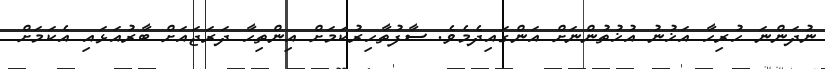
ނުދަންނަ ހުރިހާ އަޚުނު އުޚުތުންނަށް އަންގައިދެމެވެ. ސާފުތާހިރުކަމަށް އިންތިހާ ދަރަޖައަށް ބާރުއަޅައި އެކަމަށް